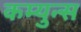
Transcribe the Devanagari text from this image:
कम्युन्स